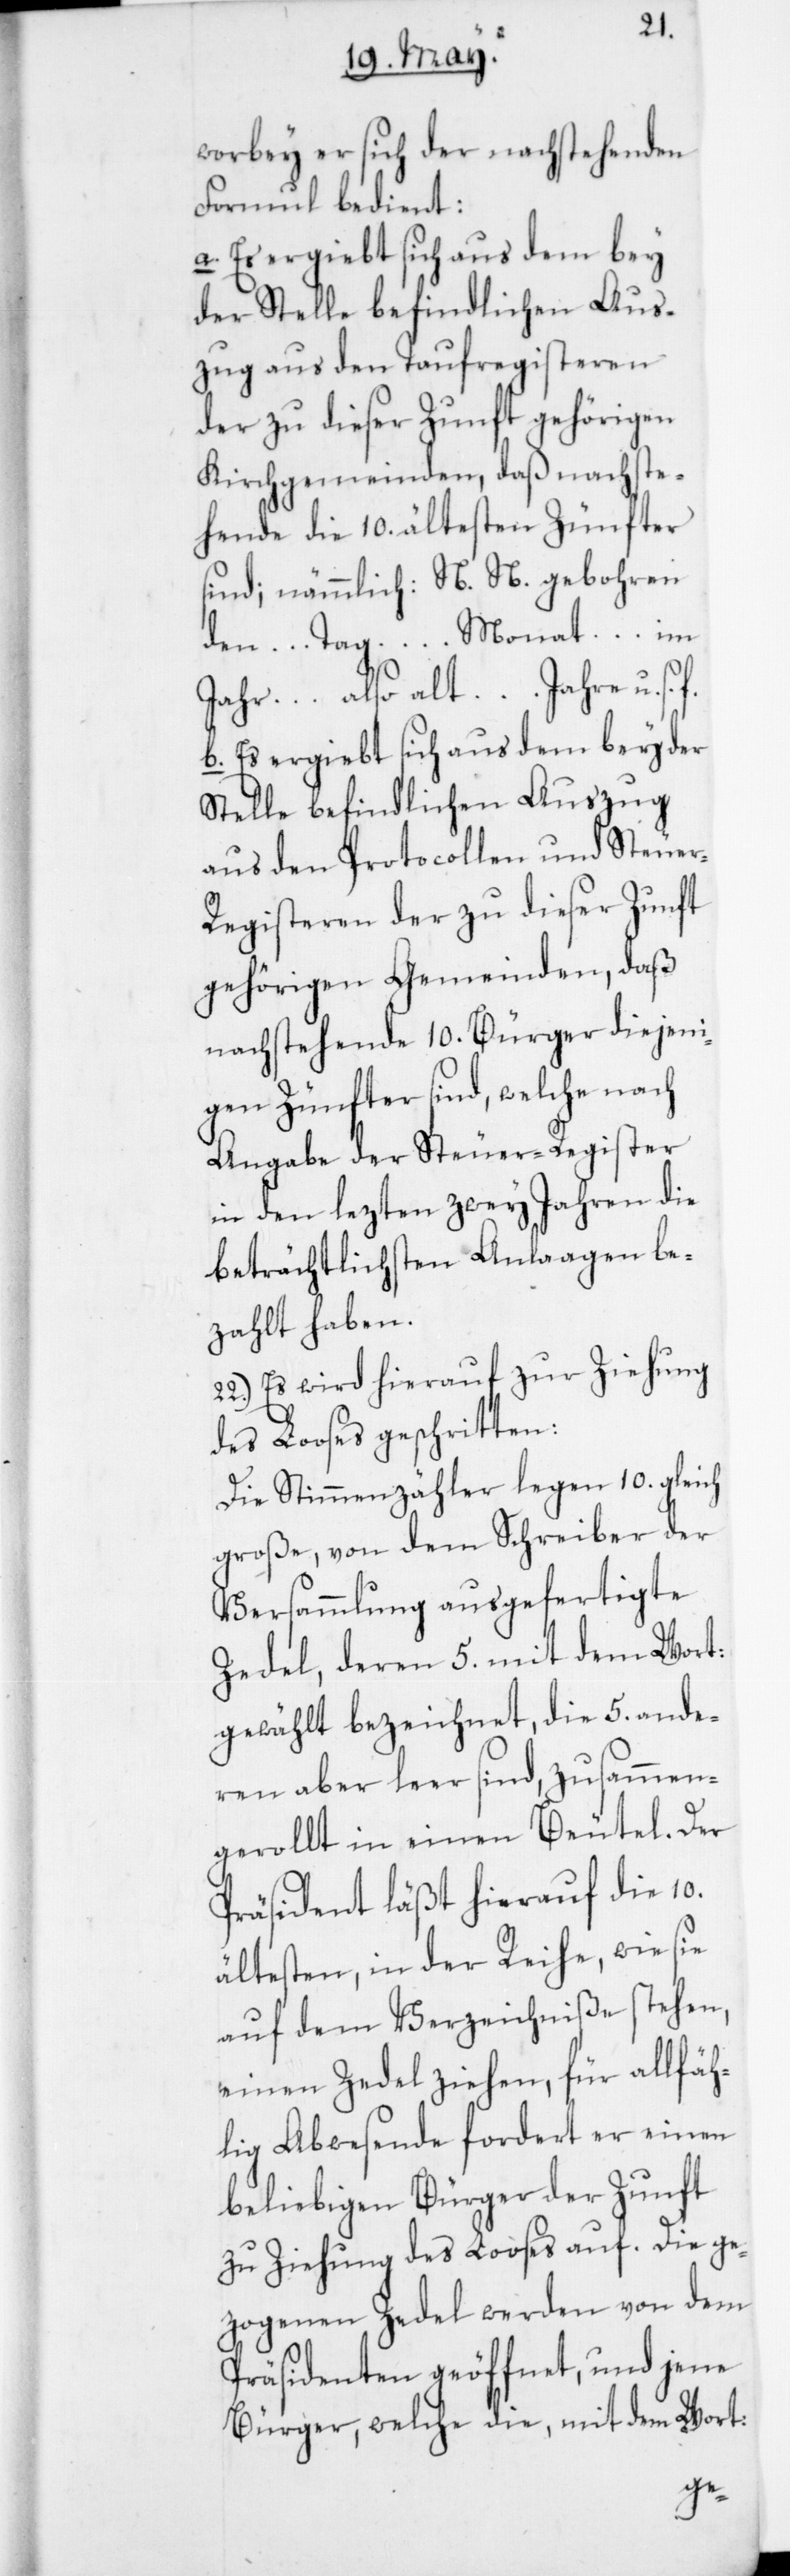
worbey er sich der nachstehenden
Formel bedient:
a) Es ergiebt sich aus dem bey
der Stelle befindlichen Aus¬
zug aus den Taufregisteren
der zu dieser Zunft gehörigen
Kirchgemeinden, daß nachste¬
hende die 10 ältesten Zünfter
sind; nämmlich: N. N. gebohren
den … Tag … Monat … im
Jahr … also alt … Jahre u. s.
b) Es ergiebt sich aus dem bey der
Stelle befindlichen Auszug
aus den Protocollen und Steuer-R¬
egisteren der zu dieser Zunft
gehörigen Gemeinden, daß
nachstehende 10 Bürger diejeni¬
gen Zünfter sind, welche nach
Angabe der Steuer-Register
in den lezten zwey Jahren die
beträchtlichsten Anlaagen be¬
zahlt haben.
22. Es wird hierauf zur Ziehung
des Looses geschritten:
Die Stimmenzähler legen 10 gleich
große, von dem Schreiber der
Versammlung ausgefertigte
Zedel, deren 5 mit dem Wort:
gewählt bezeichnet, die 5 ande¬
ren aber leer sind, zusammen¬
gerollt in einen Beutel. Der
Präsident läßt hierauf die 10
ältesten in der Reihe, wie sie
einen Zedel ziehen, für allfäh¬
lig Abwesende fordert er einen
beliebigen Bürger der Zunft
zu Ziehung des Looses auf. Die ge¬
zogenen Zedel werden von dem
Präsidenten geöffnet und jene
Bürger, welche die mit dem Wort: